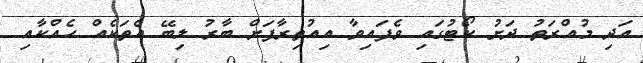
އަދި މުއްރަތު ދަށު ކޯޓުގައި ވެފައިވާ އިއުތިރާފަށް ބާރު ލިބޭ އެތަކެއް ހެއްކާއި